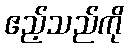
ဧည့်သည်ကို